Report of the Indian Hemp Drugs Commission, 1894-1895 - Volume V
Year: 1894
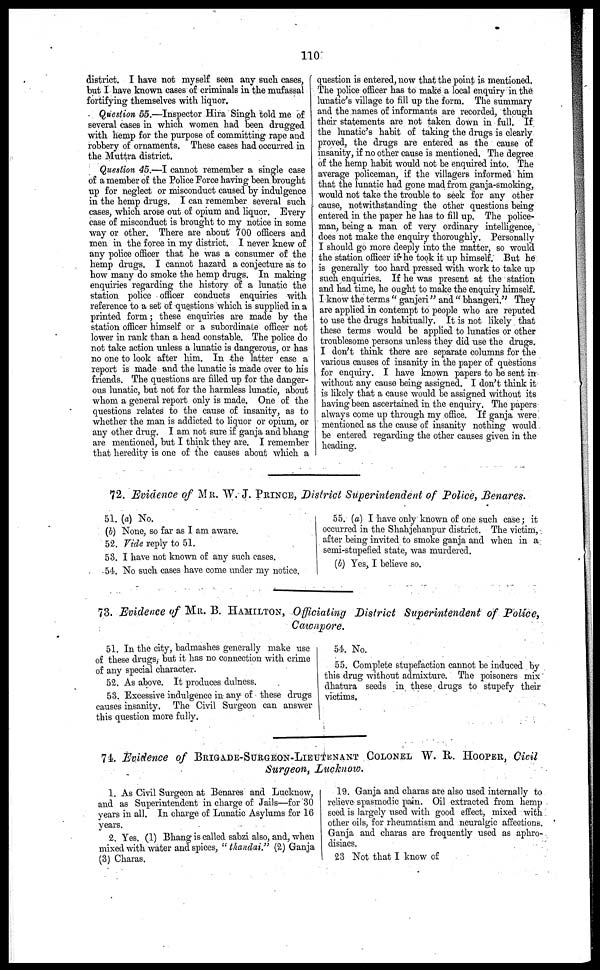
110
district. I have not myself seen any such cases,
but I have known cases of criminals in the mufassal
fortifying themselves with liquor.
Question 55.—Inspector Hira Singh told me of
several cases in which women had been drugged
with hemp for the purpose of committing rape and
robbery of ornaments. These cases had occurred in
the Muttra district.
Question 45.—I cannot remember a single case
of a member of the Police Force having been brought
up for neglect or misconduct caused by indulgence
in the hemp drugs. I can remember several such
cases, which arose out of opium and liquor. Every
case of misconduct is brought to my notice in some
way or other. There are about 700 officers and
men in the force in my district. I never knew of
any police officer that he was a consumer of the
hemp drugs. I cannot hazard a conjecture as to
how many do smoke the hemp drugs. In making
enquiries regarding the history of a lunatic the
station police officer conducts enquiries with
reference to a set of questions which is supplied in a
printed form; these enquiries are made by the
station officer himself or a subordinate officer not
lower in rank than a head constable. The police do
not take action unless a lunatic is dangerous, or has
no one to look after him. In the latter case a
report is made and the lunatic is made over to his
friends. The questions are filled up for the danger-
ous lunatic, but not for the harmless lunatic, about
whom a general report only is made. One of the
questions relates to the cause of insanity, as to
whether the man is addicted to liquor or opium, or
any other drug. I am not sure if ganja and bhang
are mentioned, but I think they are. I remember
that heredity is one of the causes about which a
question is entered, now that the point is mentioned.
The police officer has to make a local enquiry in the
lunatic's village to fill up the form. The summary
and the names of informants are recorded, though
their statements are not taken down in full. If
the lunatic's habit of taking the drugs is clearly
proved, the drugs are entered as the cause of
insanity, if no other cause is mentioned. The degree
of the hemp habit would not be enquired into. The
average policeman, if the villagers informed him
that the lunatic had gone mad from ganja-smoking,
would not take the trouble to seek for any other
cause, notwithstanding the other questions being
entered in the paper he has to fill up. The police-
man, being a man of very ordinary intelligence,
does not make the enquiry thoroughly. Personally
I should go more deeply into the matter, so would
the station officer if he took it up himself. But he
is generally too hard pressed with work to take up
such enquiries. If he was present at the station
and had time, he ought to make the enquiry himself.
I know the terms " ganjeri" and " bhangeri." They
are applied in contempt to people who are reputed
to use the drugs habitually. It is not likely that
these terms would be applied to lunatics or other
troublesome persons unless they did use the drugs.
I don't think there are separate columns for the
various causes of insanity in the paper of questions
for enquiry. I have known papers to bo sent in
without any cause being assigned. I don't think it
is likely that a cause would be assigned without its
having been ascertained in the enquiry. The papers
always come up through my office. If ganja were
mentioned as the cause of insanity nothing would
be entered regarding the other causes given in the
heading.
72. Evidence of MR. W. J. PRINCE , District Superintendent of Police, Benares.
51. (a) No.
(b) None, so far as I am aware.
52. Fide reply to 51.
53. I have not known of any such cases.
54. No such cases have come under my notice.
55. (a) I have only known of one such case; it
occurred in the Shahjehanpur district. The victim,
after being invited to smoke ganja and when in a
semi-stupefied state, was murdered.
(b) Yes, I believe so.
73. Evidence of MR. 13. HAMILTON, Officiating District Superintendent of Police,
Cawnpore.
51. In the city, badmashes generally make use
of these drugs, but it has no connection with crime
of any special character.
52. As above. It produces dulness.
53. Excessive indulgence in any of these drugs
causes insanity. The Civil Surgeon can answer
this question more fully.
54. No.
55. Complete stupefaction cannot be induced by
this drug without admixture. The poisoners mix
dhatura seeds in these drugs to stupefy their
victims.
74. Evidence of BRIGADE-SURGEON-LIEUTENANT COLONEL W. R. HOOPER, Civil
Surgeon, Lucknow.
1. As Civil Surgeon at Benares and Luckuow,
and as Superintendent in charge of Jails—for 30
years in all. In charge of Lunatic Asylums for 16
years.
2. Yes. (1) Bhang is called sabzi also, and, when
mixed with water and spices, " thandai." (2) Ganja
(3) Charas.
19. Ganja and charas are also used internally to
relieve spasmodic pain. Oil extracted from hemp
seed is largely used with good effect, mixed with
other oils, for rheumatism and neuralgic affections.
Ganja and charas are frequently used as aphro-
disiacs.
23. Not that I know of